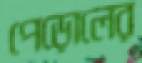
পেড়োলের